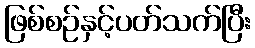
ဖြစ်စဉ်နှင့်ပတ်သက်ပြီး